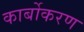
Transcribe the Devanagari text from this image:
कार्बोकरण